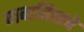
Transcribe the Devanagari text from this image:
जवाहिराचे